Civil Veterinary Dept. Bombay admin report 1932-41 - 1932-1941
Year: 1932
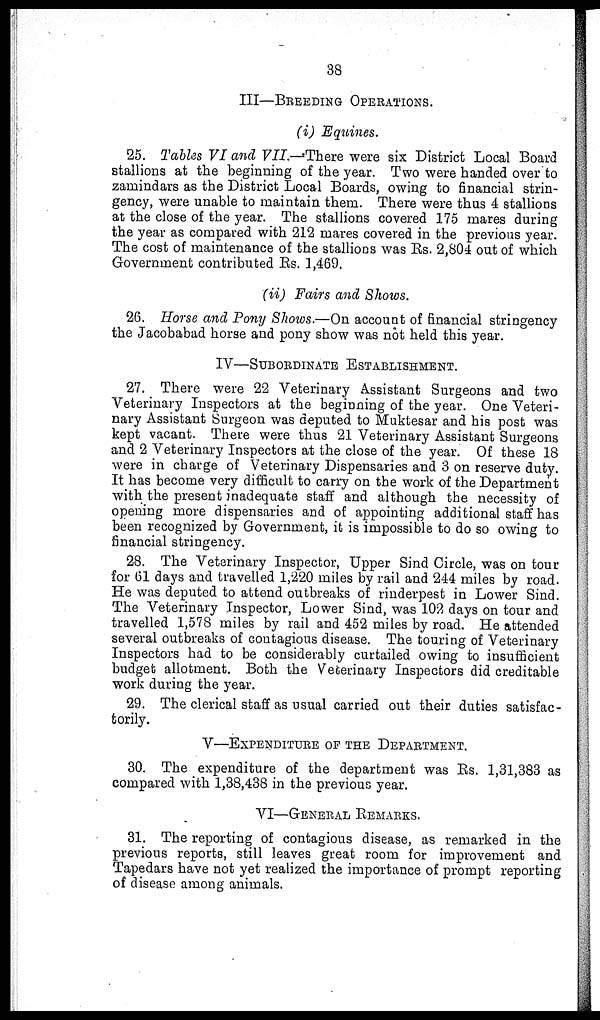
38
III—BREEDING
OPERATIONS.
(i) Equities.
25. Tables VI and VII —There were six District Local Board
stallions at the beginning of the year. Two were handed over to
zamindars as the District Local Boards, owing to financial strin-
gency, were unable to maintain them. There were thus 4 stallions
at the close of the year. The stallions covered 175 mares during
the year as compared with 212 mares covered in the previous year.
The cost of maintenance of the stallions was Rs. 2,804 out of which
Government contributed Rs. 1,469.
(ii) Fairs and Shows.
26. Horse and Pony Shows.—On account of financial stringency
the Jacobabad horse and pony show was not held this year.
IV—SUBORDINATE ESTABLISHMENT.
27. There were 22 Veterinary Assistant Surgeons and two
Veterinary Inspectors at the beginning of the year. One Veteri-
nary Assistant Surgeon was deputed to Muktesar and his post was
kept vacant. There were thus 21 Veterinary Assistant Surgeons
and 2 Veterinary Inspectors at the close of the year. Of these 18
were in charge of Veterinary Dispensaries and 3 on reserve duty.
It has become very difficult to carry on the work of the Department
with the present inadequate staff and although the necessity of
opening more dispensaries and of appointing additional staff has
been recognized by Government, it is impossible to do so owing to
financial stringency.
28. The Veterinary Inspector, Upper Sind Circle, was on tour
for 61 days and travelled 1,220 miles by rail and 244 miles by road.
He was deputed to attend outbreaks of rinderpest in Lower Sind.
The Veterinary Inspector, Lower Sind, was 102 days on tour and
travelled 1,578 miles by rail and 452 miles by road. He attended
several outbreaks of contagious disease. The touring of Veterinary
Inspectors had to be considerably curtailed owing to insufficient
budget allotment. Both the Veterinary Inspectors did creditable
work during the year.
29. The clerical staff as usual carried out their duties satisfac-
torily.
V—EXPENDITURE OF THE DEPARTMENT.
30. The expenditure of the department was Rs. 1,31,383 as
compared with 1,38,438 in the previous year.
VI—GENERAL REMARKS.
31. The reporting of contagious disease, as remarked in the
previous reports, still leaves great room for improvement and
Tapedars have not yet realized the importance of prompt reporting
of disease among animals.